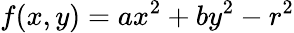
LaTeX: f(x,y)=ax^{2}+by^{2}-r^{2}